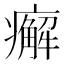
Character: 㿍